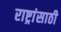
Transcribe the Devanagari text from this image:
राष्ट्रांसाठी